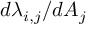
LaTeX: d \lambda _ { i , j } / d A _ { j }